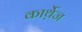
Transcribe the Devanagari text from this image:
कार्थ़ेज